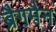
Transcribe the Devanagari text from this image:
ब्रैगमैन